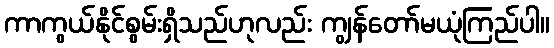
ကာကွယ်နိုင်စွမ်းရှိသည်ဟုလည်း ကျွန်တော်မယုံကြည်ပါ။